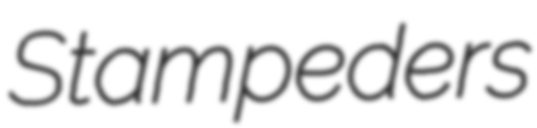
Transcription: Stampeders